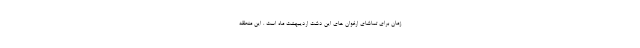
زمان برای تماشای ارغوان ‌های این دشت اردیبهشت ماه است . این منطقه